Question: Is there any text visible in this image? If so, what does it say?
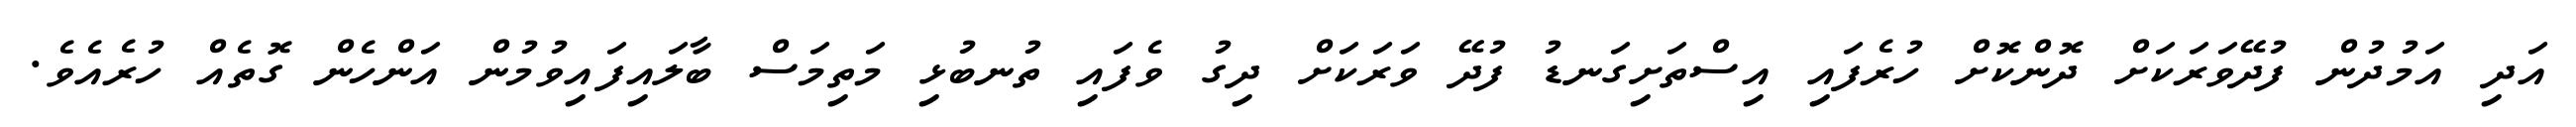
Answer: އަދި އަމުދުން ފުދޭވަރަކަށް ދޮންކޮށް ހުރެފައި އިސްތަށިގަނޑު ފުދޭ ވަރަކަށް ދިގު ވެފައި ތުނބުޅި މަތިމަސް ބާލައިފައިވުމުން އަންހެން ގޮތެއް ހުރެއެވެ.